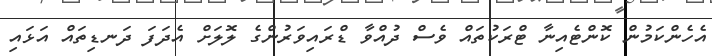
އެހެންކަމުން ކޮންޓެއިނާ ޓްރަކުތައް ވެސް ދުއްވާ ޑްރައިވަރުންގެ ލޮލަށް އެދަފަ ދަނޑިތައް އަޅައި